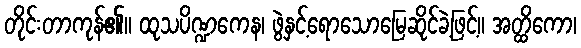
တိုင်းတာကုန်၏။ ထုသပိဏ္ဍကေန၊ ဖွဲနှင့်ရောသောမြေဆိုင်ခဲ့ဖြင့်။ အတ္ထိကော၊